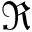
\Re